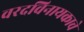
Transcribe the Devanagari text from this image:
वरदविनायकाचे